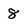
Character: 8